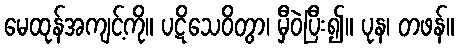
မေထုန်အကျင့်ကို။ ပဋိသေဝိတွာ၊ မှီဝဲပြီး၍။ ပုန၊ တဖန်။